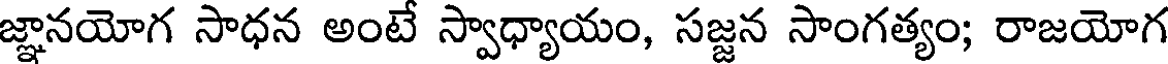
జ్ఞానయోగ సాధన అంటే స్వాధ్యాయం, సజ్జన సాంగత్యం; రాజయోగ